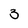
Character: 3